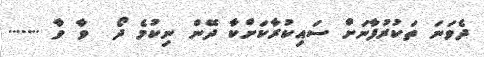
ދެވަނަ ތަކުރުފާނަށް ސައިކުރާކަށްކާ ދޭން ނިކުމެ ދޯ  ވާ ވާ .......